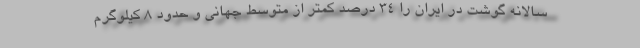
سالانه گوشت در ايران را 34 درصد كمتر از متوسط جهاني و حدود 8 كيلوگرم